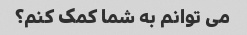
می توانم به شما کمک کنم؟